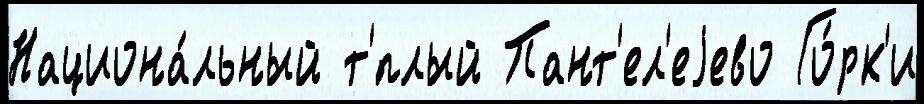
Национа́льный т'́плый Пант'ел'еjево Го́рк'и